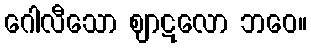
ဂေါလီသော ဈာဋလော ဘဝေ။